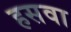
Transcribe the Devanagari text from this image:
हसवा